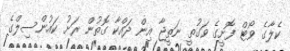
ކެލާގެ ވޯޓް ފޮށީގެ ވަގުތީ ނަތީޖާ އިން ދައްކާ ގޮތުން ރަށު ކައުންސިލްގެ